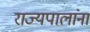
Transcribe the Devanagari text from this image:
राज्यपालांना